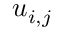
u _ { i , j }